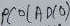
Text: ADC0